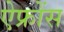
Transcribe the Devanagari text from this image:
ऐफ्रोंस